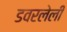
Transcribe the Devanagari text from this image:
डवरलेली